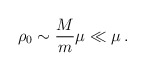
\begin{align*}\rho _{0}\sim {\frac{M}{m}}\mu \ll\mu \,.\end{align*}